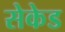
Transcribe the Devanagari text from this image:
सेकेड